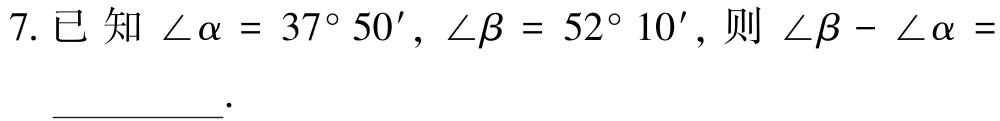
7. 已知$\angle\alpha = 37^{\circ}50'$，$\angle\beta = 52^{\circ}10'$，则$\angle\beta - \angle\alpha =$ __________.